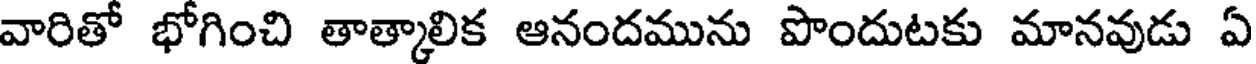
వారితో భోగించి తాత్కాలిక ఆనందమును పొందుటకు మానవుడు ఏ